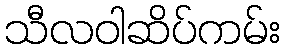
သီလဝါဆိပ်ကမ်း